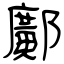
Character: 鄺